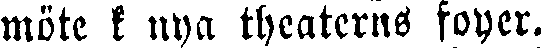
möte k nya theaterns foyer.